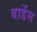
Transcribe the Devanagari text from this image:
बार्डेस